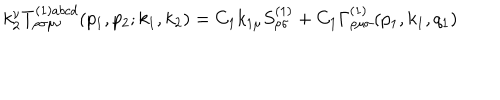
k _ { 2 } ^ { \nu } T _ { \rho \sigma \mu \nu } ^ { ( 1 ) a b c d } ( p _ { 1 } , p _ { 2 } ; k _ { 1 } , k _ { 2 } ) = C _ { 1 } k _ { 1 \mu } S _ { \rho \sigma } ^ { ( 1 ) } + C _ { 1 } \Gamma _ { \rho \mu \sigma } ^ { ( 1 ) } ( p _ { 1 } , k _ { 1 } , q _ { 1 } )